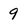
Character: 9